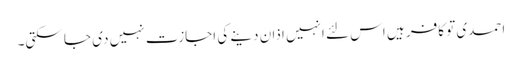
احمدی تو کافر ہیں اس لئے انہیں اذان دینے کی اجازت نہیں دی جا سکتی۔